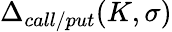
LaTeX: \Delta_{call/put}(K,\sigma)